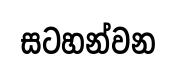
සටහන්වන